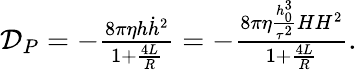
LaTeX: \begin{array}{r}{\mathcal{D}_{P}=-\frac{8\pi\eta h\dot{h}^{2}}{1+\frac{4L}{R}}=-\frac{8\pi\eta\frac{h_{0}^{3}}{\tau^{2}}HH^{2}}{1+\frac{4L}{R}}.}\end{array}